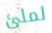
لملئ